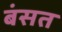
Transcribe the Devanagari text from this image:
बंसत